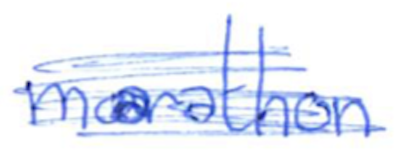
Text: marathon
Cross-out: mix
Writing tool: ballpoint